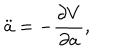
\ddot { a } = - \frac { \partial V } { \partial a } ,